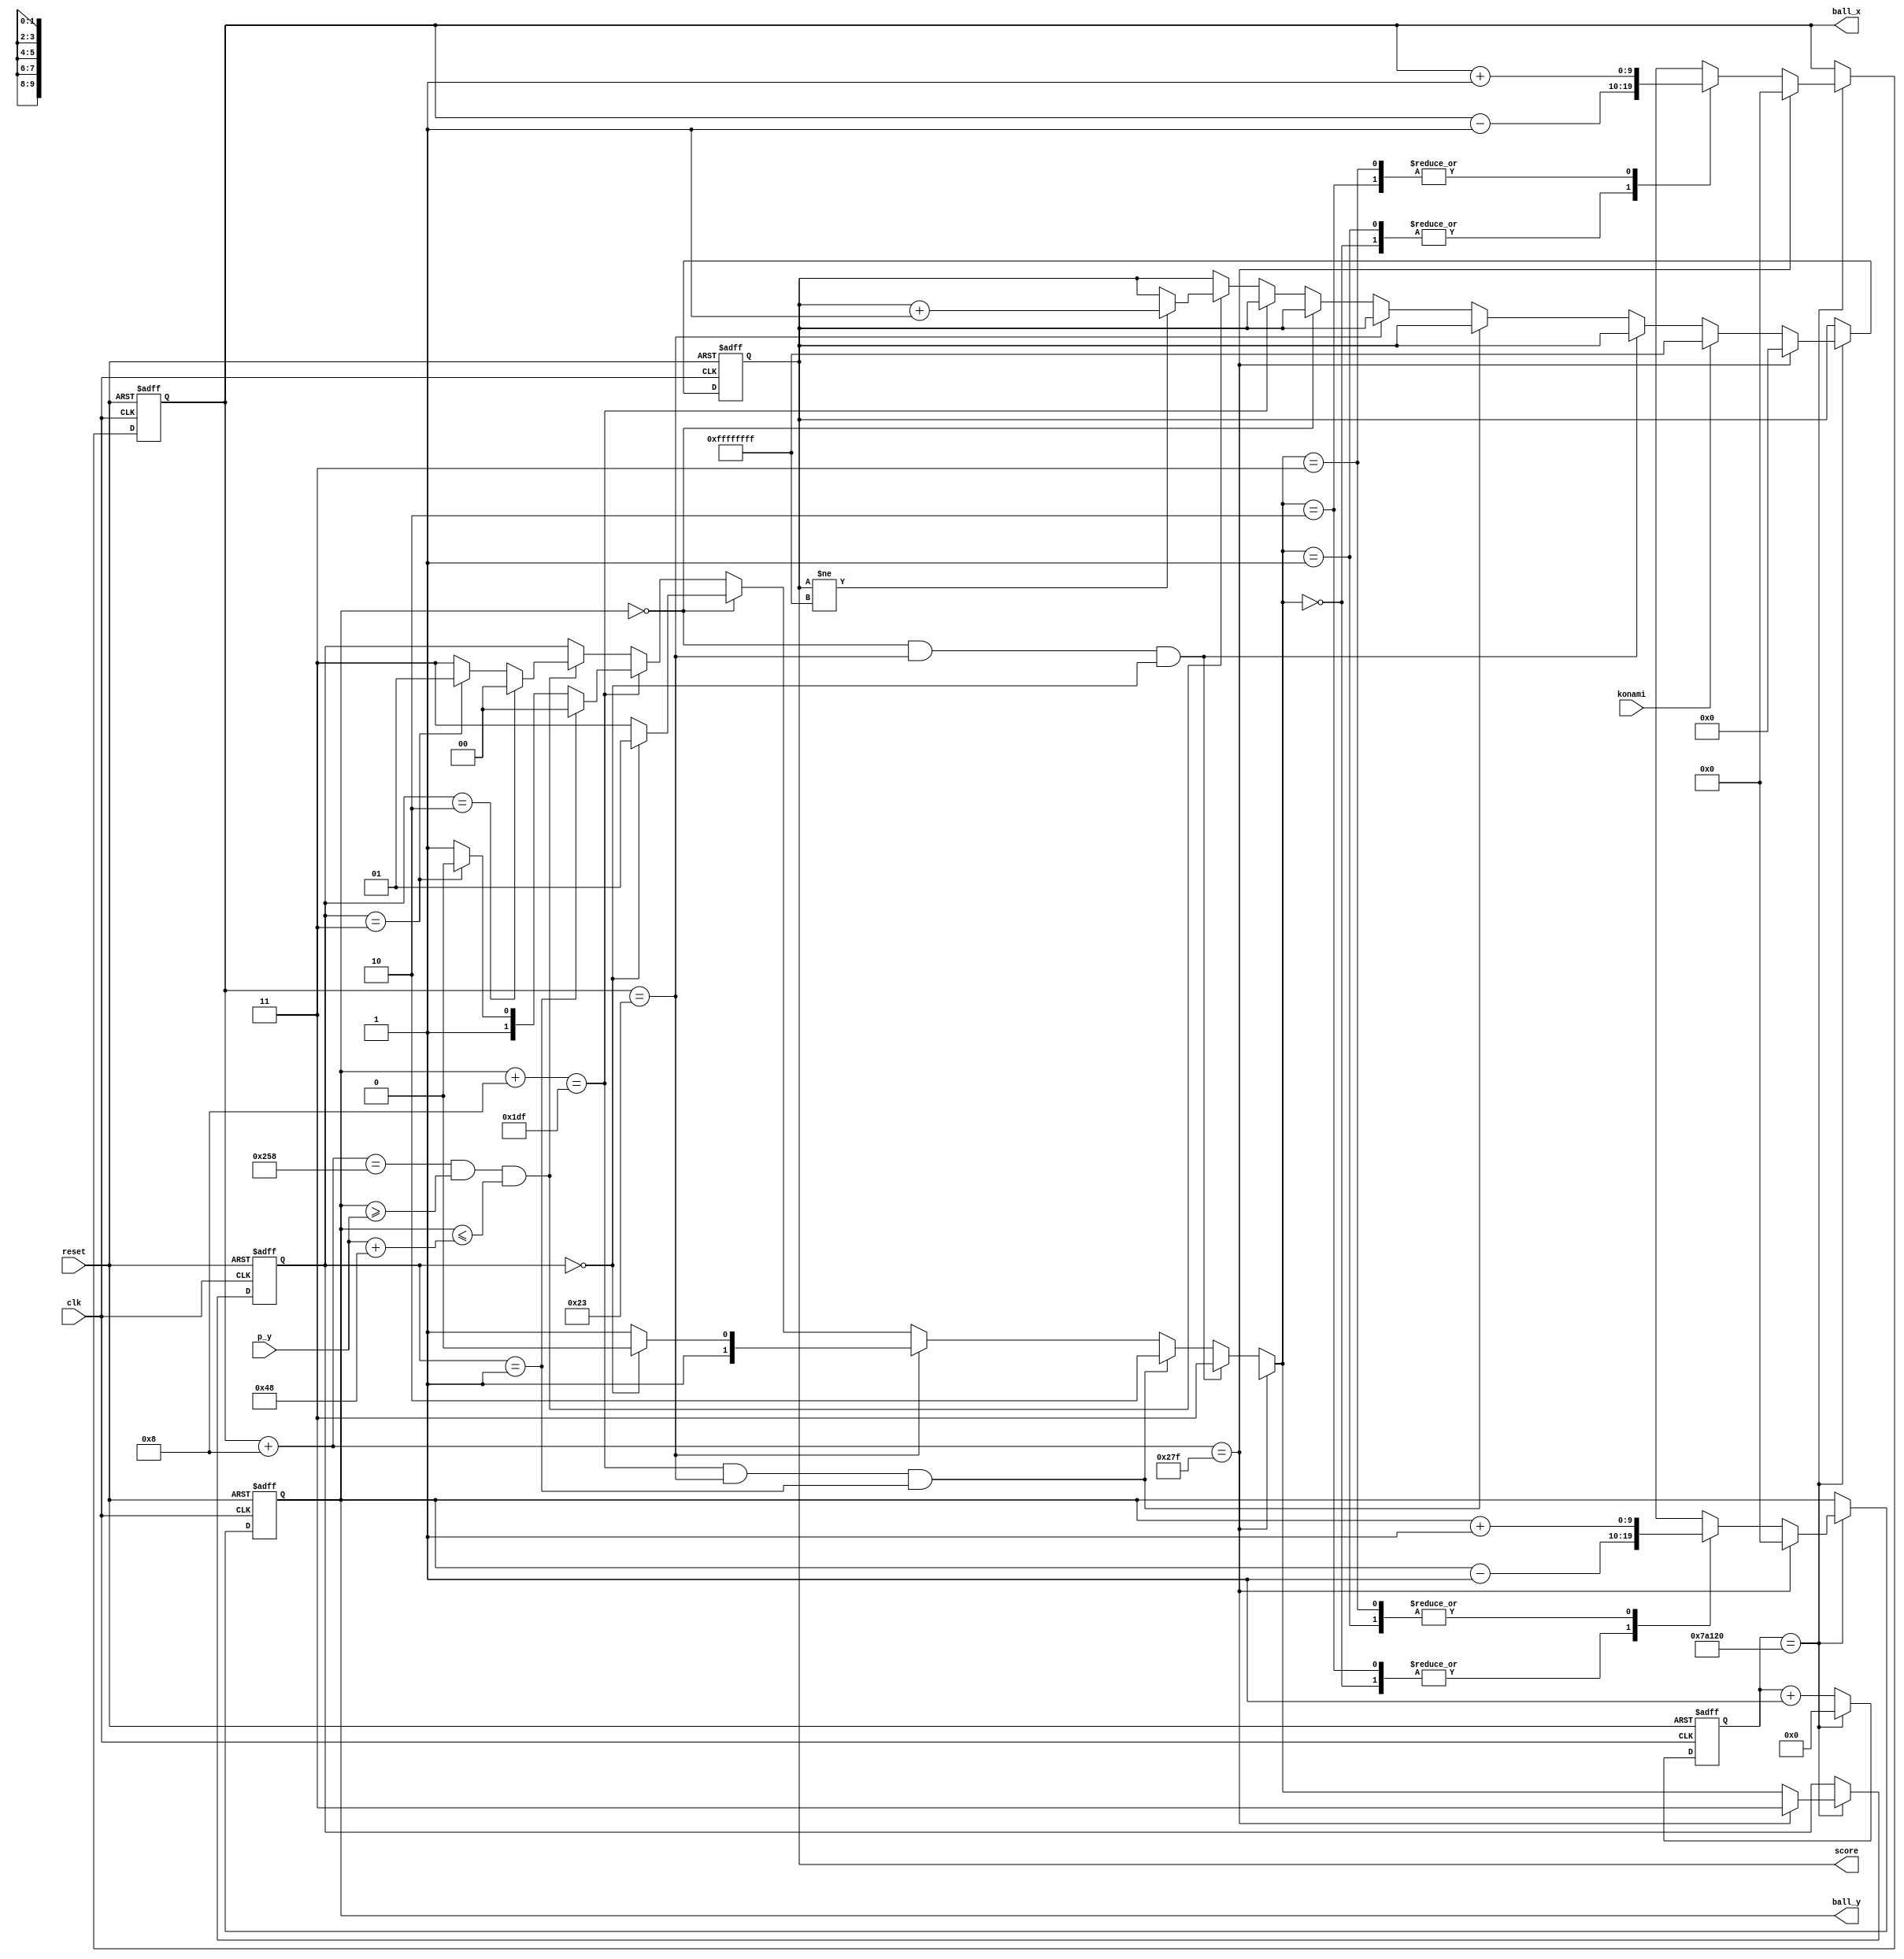
`timescale 1ns / 1ps
//****************************************************************// 
//                                                                // 
//  Created by Naoaki Takatsu on 04/25/2018.                      // 
//  Copyright  2018                                              //
//  Naoaki Takatsu. All rights reserved.                          // 
//                                                                // 
//                                                                // 
//  In submitting this file for class work at CSULB               // 
//  I am confirming that this is my work and the work             // 
//  of no one else. In submitting this code I acknowledge that    // 
//  plagiarism in student project work is subject to dismissal.   //  
//  from the class                                                // 
//****************************************************************//

module ball(clk, reset, p_y, konami, ball_x, ball_y, score);
	 
	input wire        clk, reset, konami;
	input wire  [9:0] p_y;
	output reg  [9:0] ball_x, ball_y;
	output reg [31:0] score;
	
	reg [9:0] new_ball_x, new_ball_y;
	reg [1:0] ball_traject, new_ball_traject;
	reg [31:0] new_score;
	
	localparam left_w = 35; //left wall pixel
	localparam right_w = 639; //right wall pixel
	localparam top_w = 0; //top wall pixel
	localparam bottom_w = 479; //bottom wall pixel
	localparam left_p = 600; //left paddle pixel
	localparam height_p = 72; //height of paddle
	localparam width_b = 8; //width of ball
	 
	//200hz tick generator/////////////////////////////////
	                                                     //
	wire      refr_tick;                                 //
	reg [18:0] count, n_count;                           //
                                                        //
	assign refr_tick = (count == 500000);                //
	                                                     //
	always @ (posedge clk, posedge reset)                //
	   if(reset)                                         //
		   count <= 1'b0;                                 //
		else                                              //
		   count <= n_count;                              //
			                                               //
	always @ (*)                                         //
	   n_count = (refr_tick) ? 1'b0 : (count + 1'b1);    //
		                                                  //
	///////////////////////////////////////////////////////	 
	 
	always @ (posedge clk, posedge reset)
	begin
		
		if( reset )
		begin
		   
			ball_x <= 1'b0;
			ball_y <= 1'b0;
			ball_traject <= 2'b11;
			score <= 1'b0;
			
		end
		
		else if( refr_tick )
		begin
		
		   ball_x <= new_ball_x;
			ball_y <= new_ball_y;
			ball_traject <= new_ball_traject;
			score <= new_score;
		
		end
		
		else
		begin
		
		   ball_x <= ball_x;
			ball_y <= ball_y;
			ball_traject <= ball_traject;
			score <= score;
		
		end

	end
	
	always @ (*)
	begin
	
	   new_ball_x = 1'b0;
	   new_ball_y = 1'b0;
		new_ball_traject = 2'b11;
		new_score = 1'b0;
	
		if ( ( ball_x + width_b ) == right_w ) //right wall
	   begin
	      
			new_ball_x = 1'b0;
		   new_ball_y = 1'b0;
		   new_ball_traject = 2'b11;
			new_score = 1'b0;
		
		end
		
		else
		begin
		
		   new_score = score;
		
   		if ( ( ball_y == top_w ) && ( ball_x == left_w ) &&
     			  ( ball_traject == 2'b00 ) ) //top left corner
	         new_ball_traject = 2'b11;
			
		   else if ( ( ( ball_y + width_b ) == bottom_w ) && ( ball_x == left_w ) && 
			            ( ball_traject == 2'b01 ) ) //bottom left corner
	         new_ball_traject = 2'b10;
	
   	   else if ( ball_x == left_w ) //left wall
	   	begin
	         if ( ball_traject == 2'b01 )
	            new_ball_traject = 2'b11;
   	      if ( ball_traject == 2'b00 )
	            new_ball_traject = 2'b10;
		   end
				
   		else if ( ball_y == top_w ) //top wall
	   	begin
	         if ( ball_traject == 2'b10 )
	            new_ball_traject = 2'b11;
   	      if( ball_traject == 2'b00 )
	            new_ball_traject = 2'b01;
		   end
				
   		else if ( ( ball_y + width_b ) == bottom_w ) //bottom wall
	   	begin
	         if ( ball_traject == 2'b11 )
	            new_ball_traject = 2'b10;
   	      if ( ball_traject == 2'b01 )
	            new_ball_traject = 2'b00;
		   end
			
   		else if ( ( ball_x + width_b == left_p ) && ( ball_y >= p_y ) && 
			          ( ball_y <= ( p_y + height_p ) ) ) //paddle
	   	begin
			   if(score != 32'hFFFFFFFF)
		         new_score = score + 1'b1;
	         if ( ball_traject == 2'b11 )
	            new_ball_traject = 2'b01;
   	      if ( ball_traject == 2'b10 )
	            new_ball_traject = 2'b00;
		   end
		
   		else
	   	   new_ball_traject = ball_traject;
				
			if(konami)
		      new_score = 32'hFFFFFFFF;
	     
		   case( new_ball_traject )
		   
   			2'b00:
	   		begin
		   	   new_ball_x = ball_x - 1'b1;
			   	new_ball_y = ball_y - 1'b1;
   		   end
			
	   		2'b01:
		   	begin
			      new_ball_x = ball_x - 1'b1;
				   new_ball_y = ball_y + 1'b1;
   			end
			
	   		2'b10:
		   	begin
			      new_ball_x = ball_x + 1'b1;
				   new_ball_y = ball_y - 1'b1;
   			end
			
	   		2'b11:
		   	begin
			      new_ball_x = ball_x + 1'b1;
				   new_ball_y = ball_y + 1'b1;
   			end
			
	   		default:
		   	begin
			      new_ball_x = ball_x;
				   new_ball_y = ball_y;
   			end
			
	   	endcase
		
		end
		
	end

endmodule